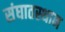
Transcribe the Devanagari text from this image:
संघातस्थान